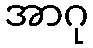
အာဂု